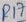
Text: R17